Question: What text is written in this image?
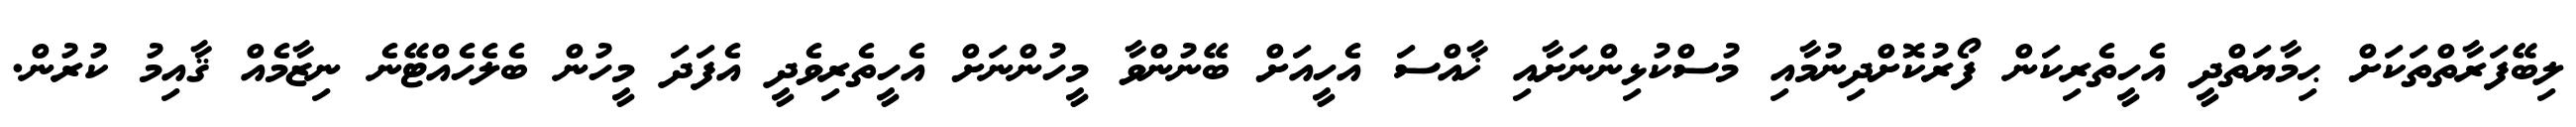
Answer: ލިބޭފަރާތްތަކަށް ޙިމާޔަތްދީ އެހީތެރިކަން ފޯރުކޮށްދިނުމާއި މުސްކުޅިންނަށާއި ޚާއްސަ އެހީއަށް ބޭނުންވާ މީހުންނަށް އެހީތެރިވެދީ އެފަދަ މީހުން ބެލެހެއްޓޭނެ ނިޒާމެއް ޤާއިމު ކުރުން.